Vaccination in Bombay 1869-1873 - 1869-1873
Year: 1869
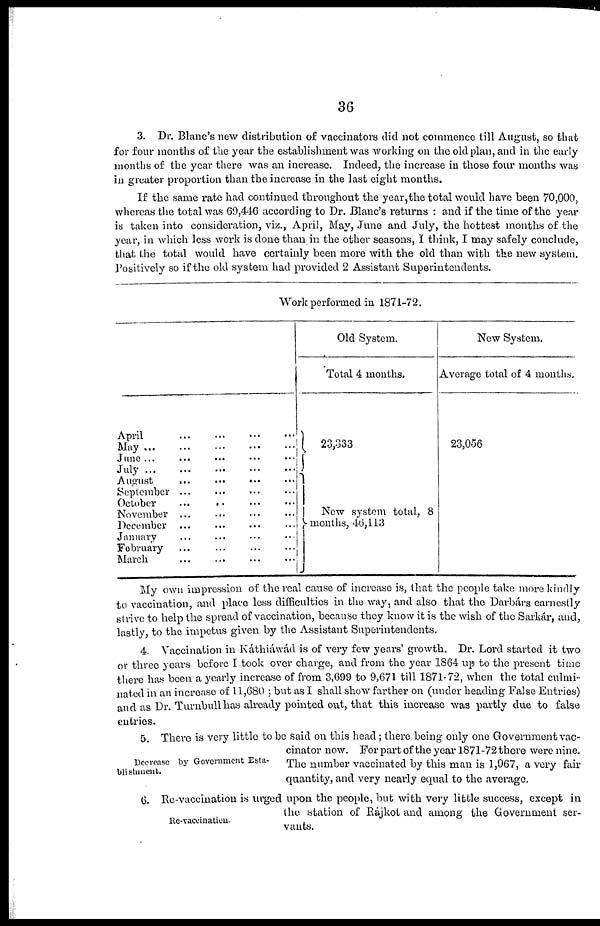
36
3. Dr. Blanc's new distribution of vaccinators did not commence till August, so that
for four months of the year the establishment was working on the old plan, and in the early
months of the year there was an increase. Indeed, the increase in those four months was
in greater proportion than the increase in the last eight months.
If the same rate had continued throughout the year,the total would have been 70,000,
whereas the total was 69,446 according to Dr. Blanc's returns : and if the time of the year
is taken into consideration, viz., April, May, June and July, the hottest months of the
year, in which less work is done than in the other seasons, I think, I may safely conclude,
that the total would have certainly been more with the old than with the new system.
Positively so if the old system had provided 2 Assistant Superintendents.
Work performed in 1871-72.
April............
May
June
.....
..
July
August ............
September ............
October
............
November ............
December
............
January
...
February
...
March
.........
Old System.
Total 4 months.
23,333
New system total, 8
months, 46, 113
New System.
Average total of 4 months.
23,056
My own impression of the real cause of increase is, that the people take more kindly
to vaccination, and place less difficulties in the way, and also that the Darbárs earnestly
strive to help the spread of vaccination, because they know it is the wish of the Sarkár, and,
lastly, to the impetus given by the Assistant Superintendents.
4. Vaccination in Káthiáwád is of very few years' growth. Dr. Lord started it two
or three years before I took over charge, and from the year 1864 up to the present time
there has been a yearly increase of from 3,699 to 9,671 till 1871-72, when the total culmi-
nated in an increase of 11,680 ; but as I shall show farther on (under heading False Entries)
and as Dr. Turnbull has already pointed out, that this increase was partly due to false
entries.
Decrease by Government Esta¬
blishment.
5. There is very little to be said on this head ; there being only one Government vac-
cinator now. For part of the year 1871-72 there were nine.
The number vaccinated by this man is 1,967, a very fair
quantity, and very nearly equal to the average.
Re-vaccination.
6. Re-vaccination is urged upon the people, but with very little success, except in
the station of Rájkot and among the Government ser-
vants.